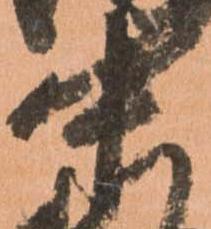
中